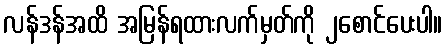
လန်ဒန်အထိ အမြန်ရထားလက်မှတ်ကို ၂စောင်ပေးပါ။